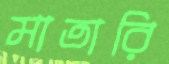
মাতারি